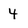
Character: 4